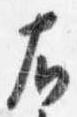
右